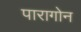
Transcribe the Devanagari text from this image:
पारागोन